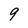
Character: 9